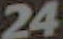
24